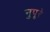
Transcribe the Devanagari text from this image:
नुपूरे